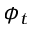
\phi _ { t }